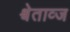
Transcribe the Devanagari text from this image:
श्वेताव्ज